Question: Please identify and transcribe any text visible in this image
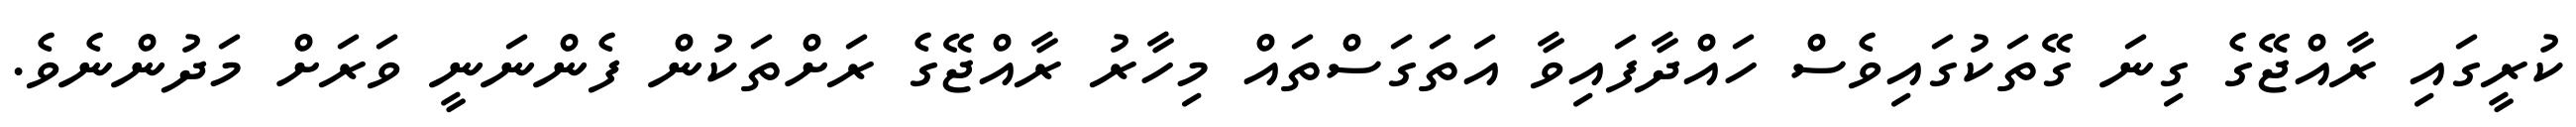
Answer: ކުރީގައި ރާއްޖޭގެ ގިނަ ގޭތަކުގައިވެސް ހައްދާފައިވާ އަތަގަސްތައް މިހާރު ރާއްޖޭގެ ރަށްތަކުން ފެންނަނީ ވަރަށް މަދުންނެވެ.